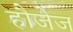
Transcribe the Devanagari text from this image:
हौजेज